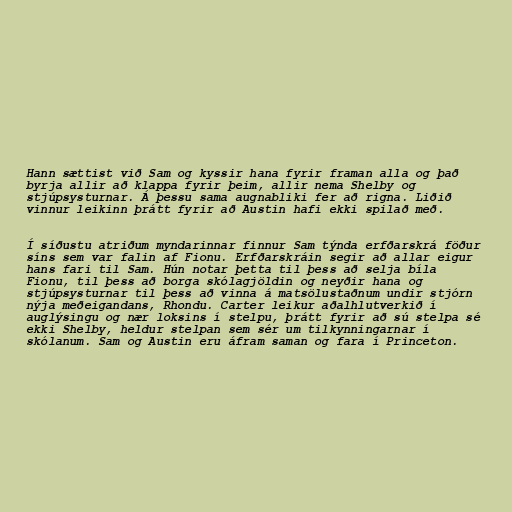
Hann sættist við Sam og kyssir hana fyrir framan alla og það
byrja allir að klappa fyrir þeim, allir nema Shelby og
stjúpsysturnar. Á þessu sama augnabliki fer að rigna. Liðið
vinnur leikinn þrátt fyrir að Austin hafi ekki spilað með.

Í síðustu atriðum myndarinnar finnur Sam týnda erfðarskrá föður
síns sem var falin af Fionu. Erfðarskráin segir að allar eigur
hans fari til Sam. Hún notar þetta til þess að selja bíla
Fionu, til þess að borga skólagjöldin og neyðir hana og
stjúpsysturnar til þess að vinna á matsölustaðnum undir stjórn
nýja meðeigandans, Rhondu. Carter leikur aðalhlutverkið í
auglýsingu og nær loksins í stelpu, þrátt fyrir að sú stelpa sé
ekki Shelby, heldur stelpan sem sér um tilkynningarnar í
skólanum. Sam og Austin eru áfram saman og fara í Princeton.